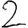
Digit: 2